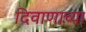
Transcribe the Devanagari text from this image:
दिवाणाच्या